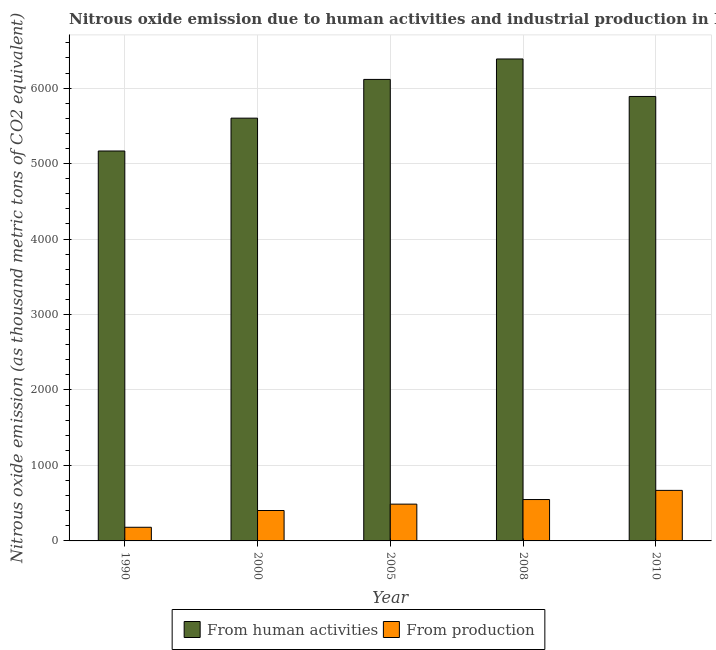
| Year | From human activities | From production |
 | --- | --- | --- |
 | 1990 | 5.17e+03 | 181 |
 | 2000 | 5.6e+03 | 403 |
 | 2005 | 6.12e+03 | 487 |
 | 2008 | 6.39e+03 | 548 |
 | 2010 | 5.89e+03 | 670 |